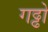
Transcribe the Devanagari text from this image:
गढ्ढो